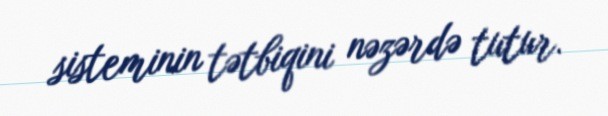
sisteminin tətbiqini nəzərdə tutur.